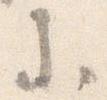
参